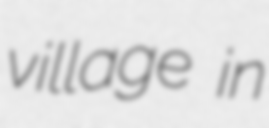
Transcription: village in